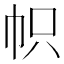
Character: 帜